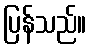
ပြန်သည်။